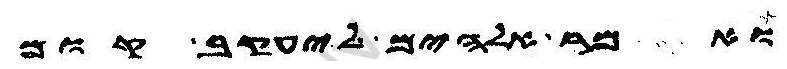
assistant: ואמר אלהים ליעקב קום